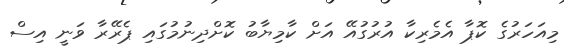
މިއަހަރުގެ ކޮޕާ އެމެރިކާ އުރުގުއޭ އަށް ކާމިޔާބު ކޮށްދިނުމުގައި ޕެރޭރާ ވަނީ އިސް